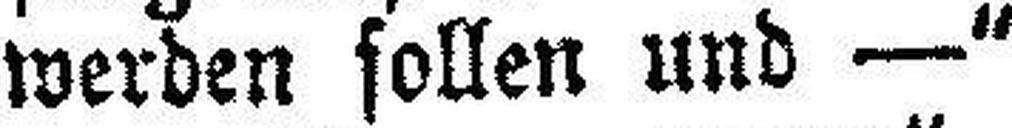
werden sollen und —“